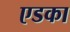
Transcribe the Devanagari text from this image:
एडका